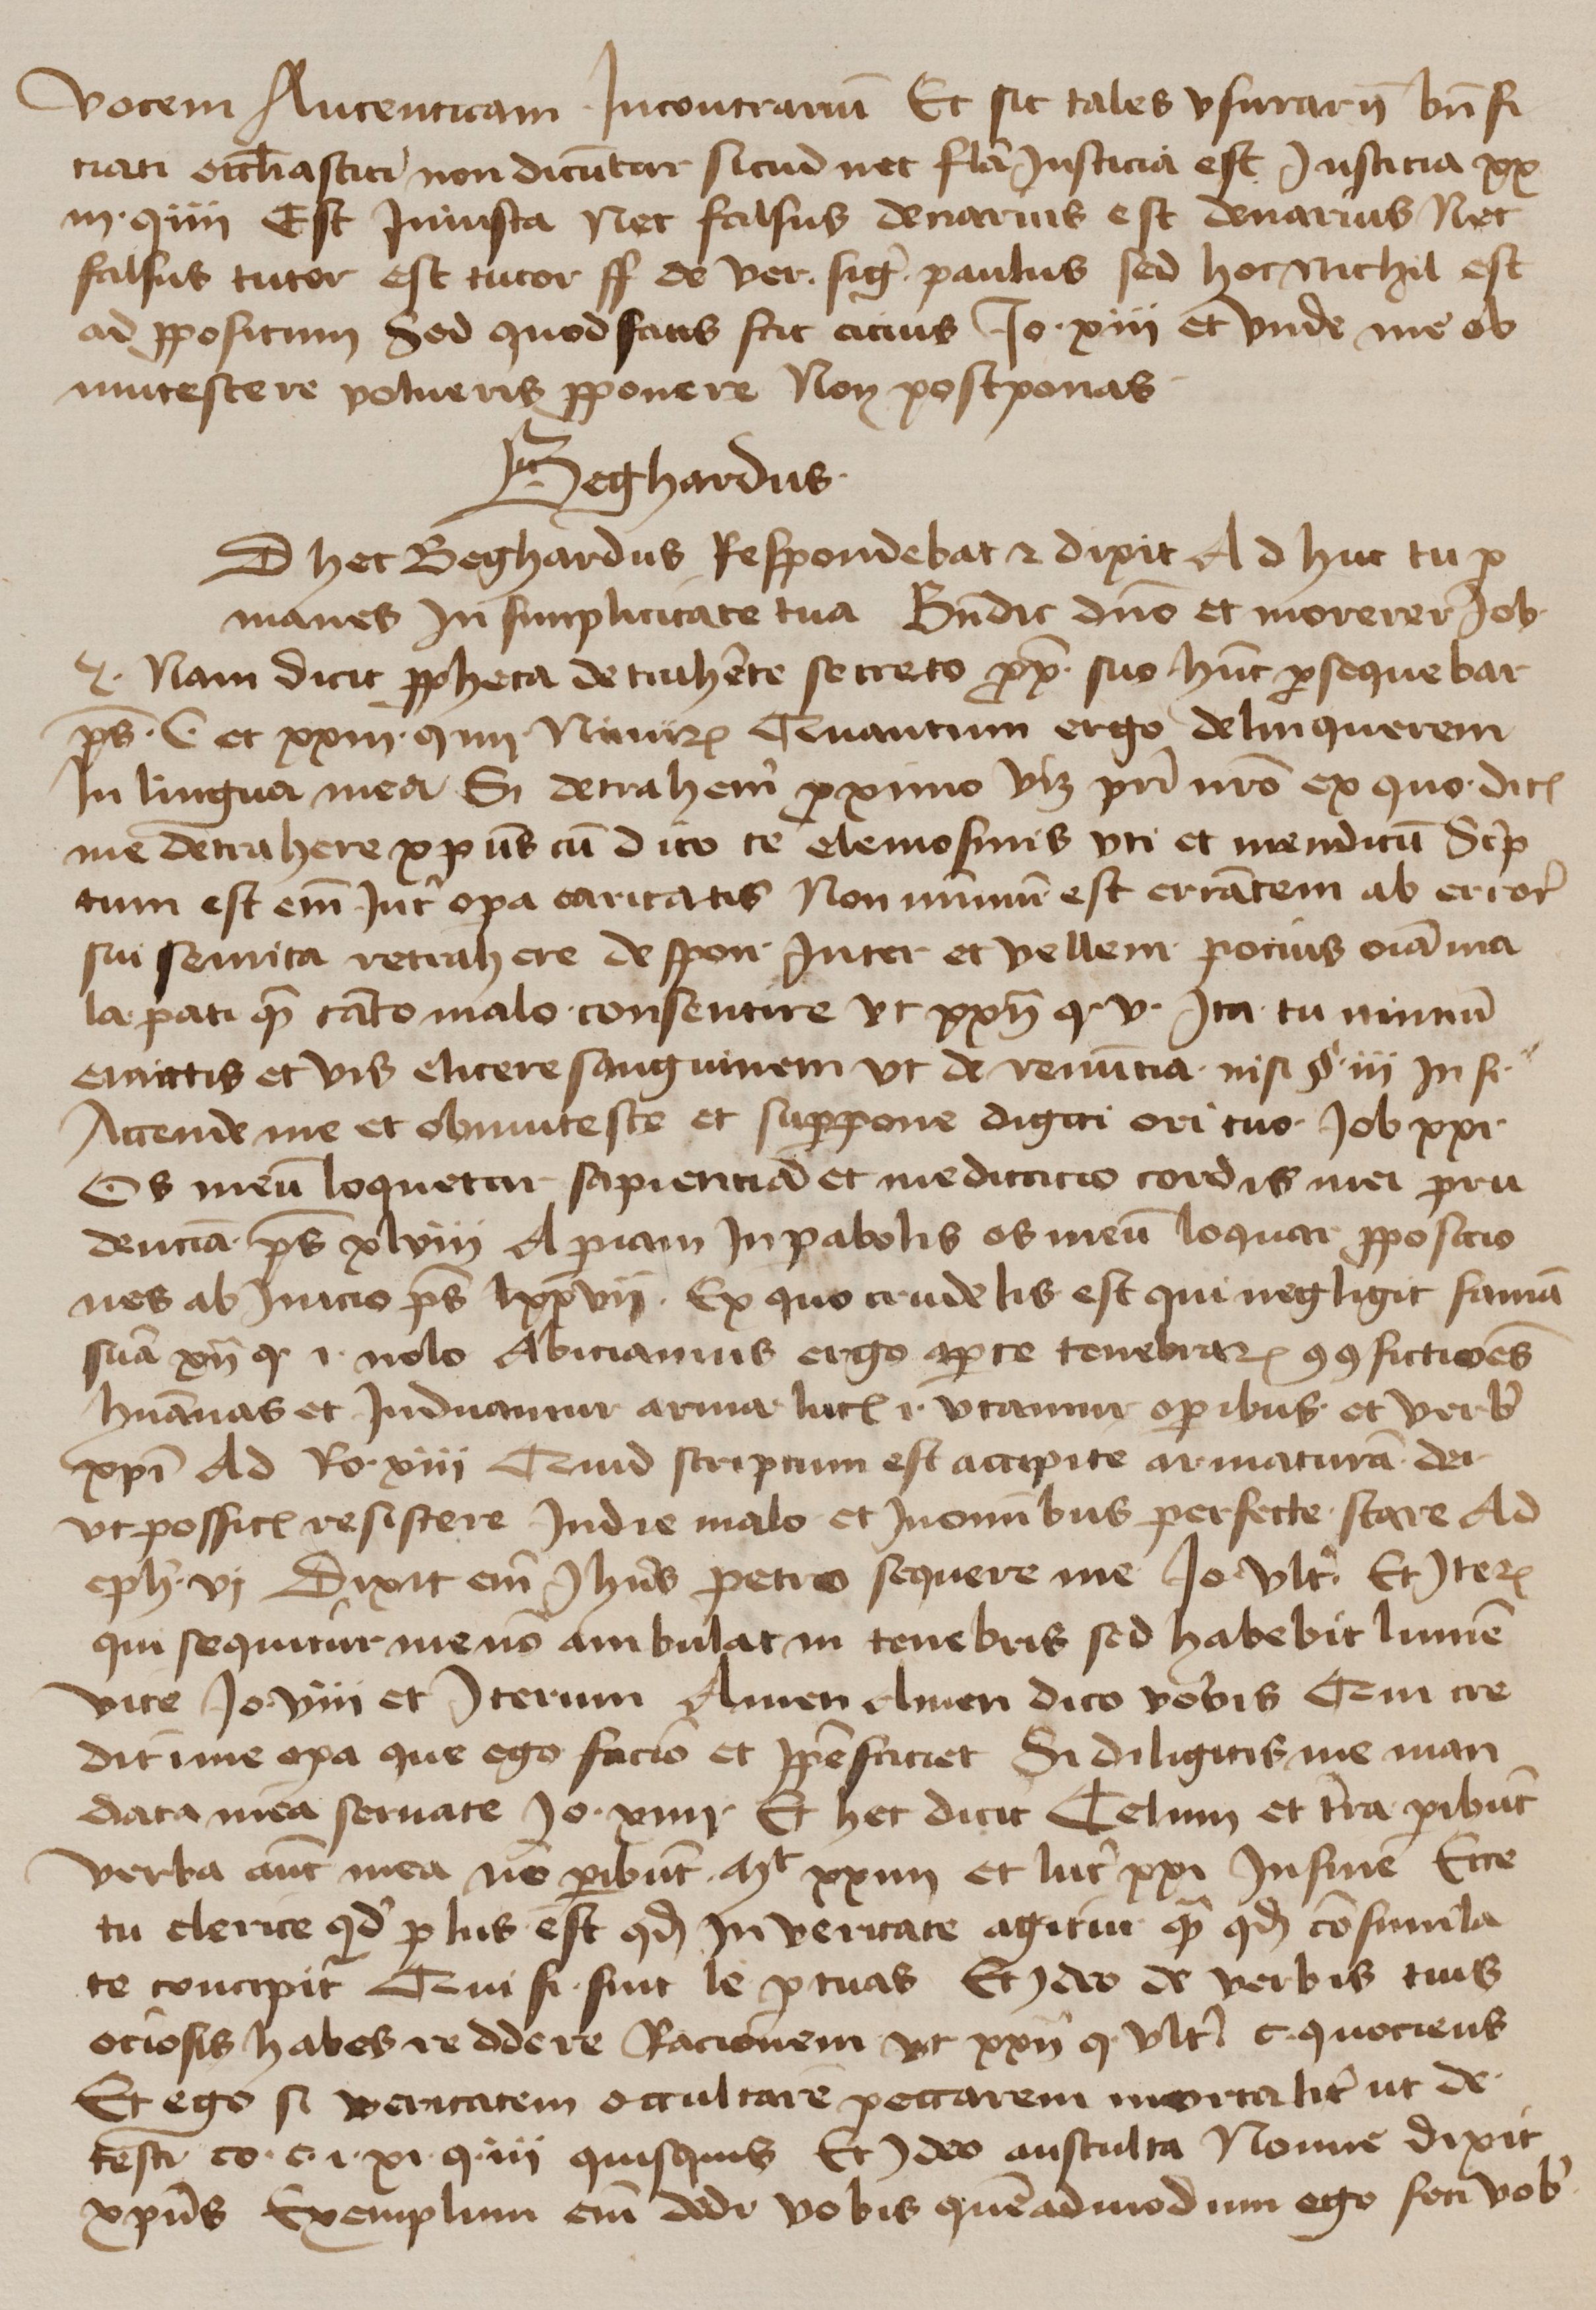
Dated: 1425–1449